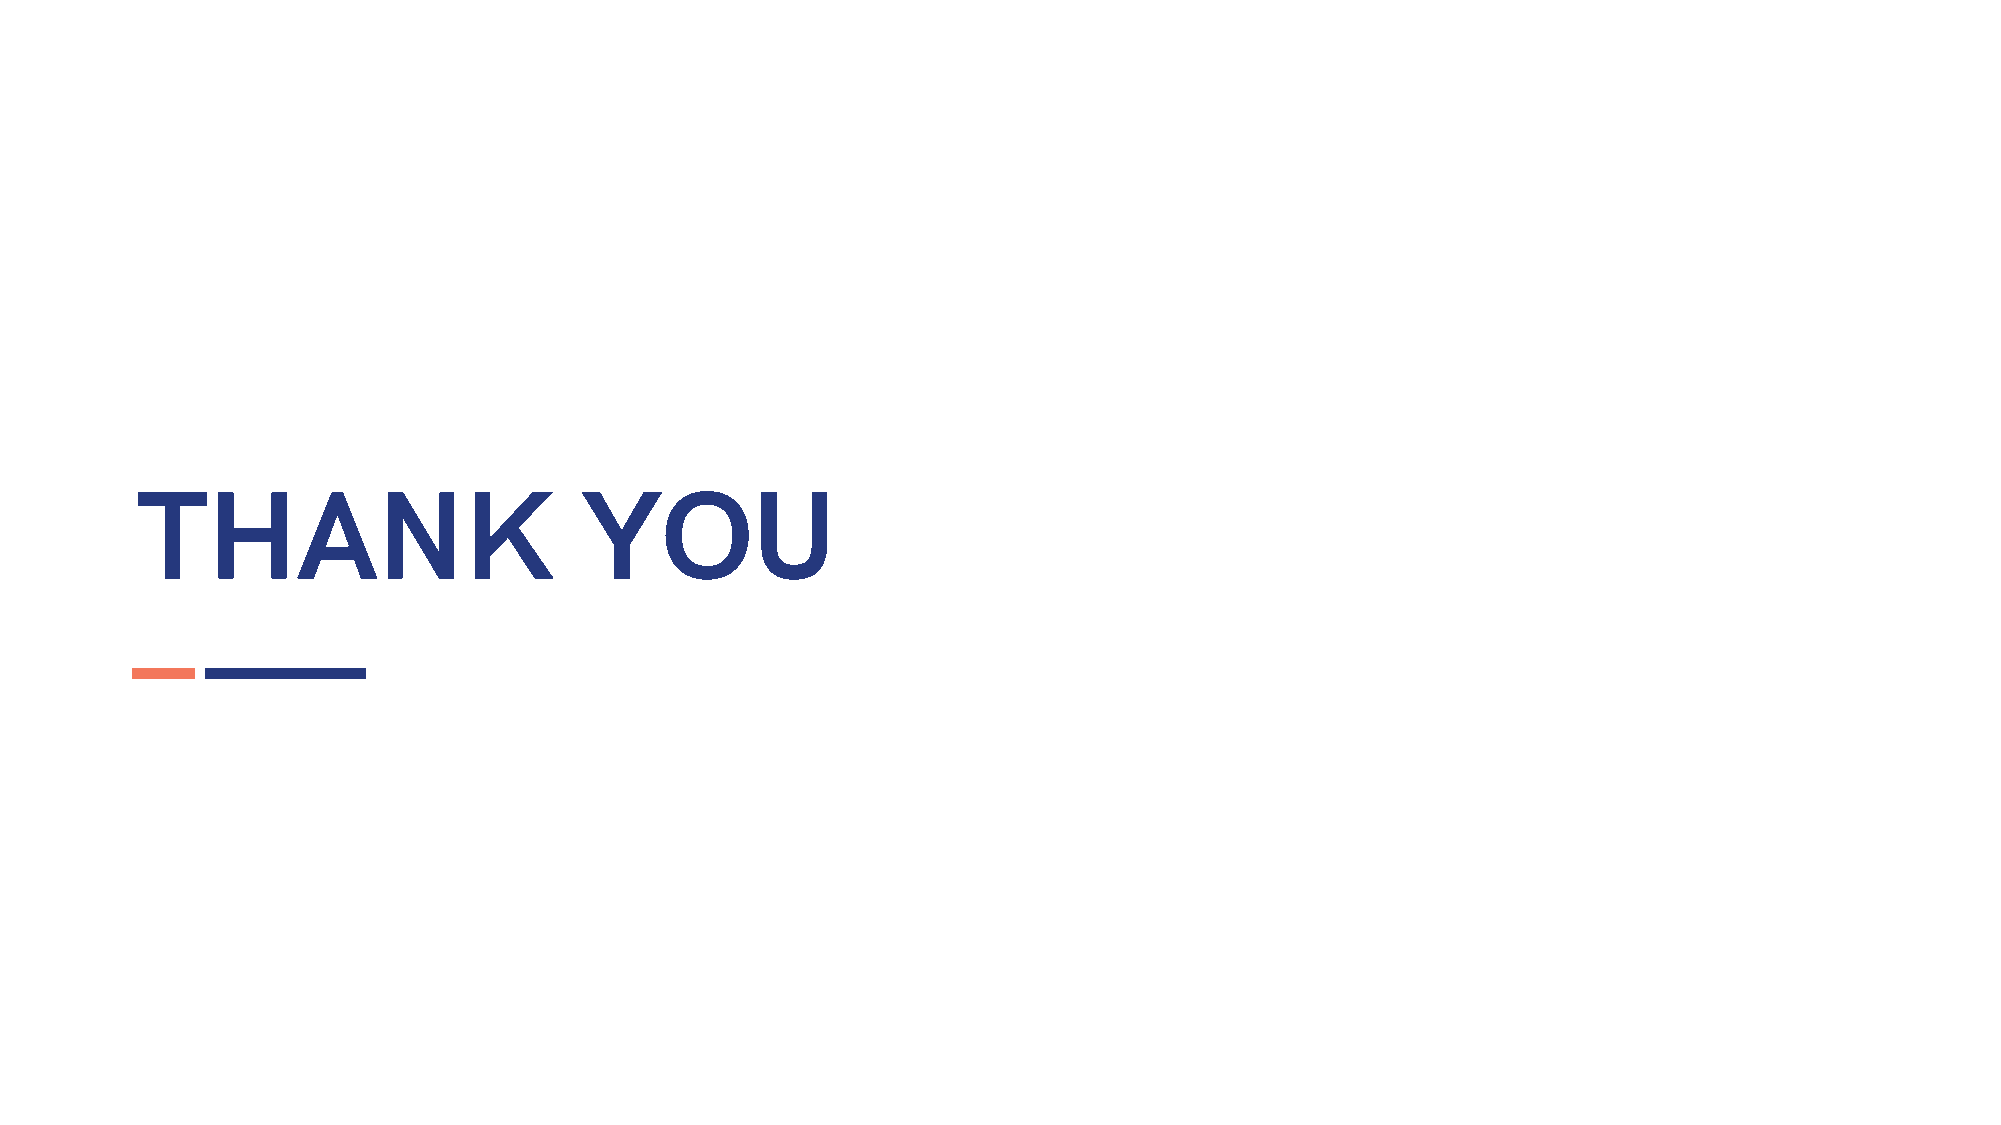
THANK                        YOU